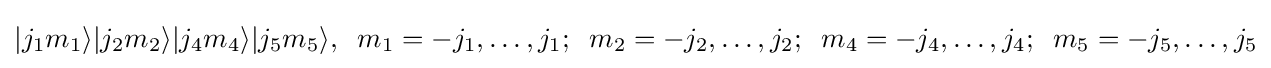
|j_{1}m_{1}\rangle |j_{2}m_{2}\rangle |j_{4}m_{4}\rangle |j_{5}m_{5}\rangle ,\;\;m_{1}=-j_{1},\ldots ,j_{1};\;\;m_{2}=-j_{2},\ldots ,j_{2};\;\;m_{4}=-j_{4},\ldots ,j_{4};\;\;m_{5}=-j_{5},\ldots ,j_{5}